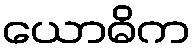
ယောဓိက